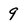
Character: 9